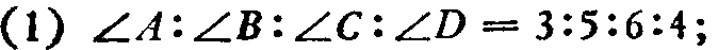
(1) \(\angle A:\angle B:\angle C:\angle D = 3:5:6:4\);